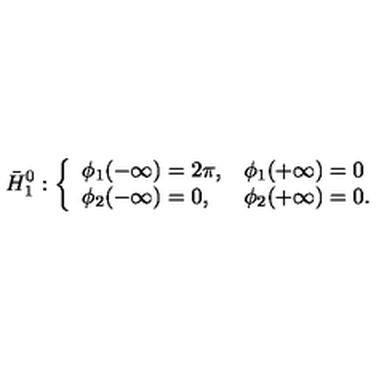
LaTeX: \bar { H } _ { 1 } ^ { 0 } : \left\{ \begin{array} { l l } { \phi _ { 1 } ( - \infty ) = 2 \pi , } & { \phi _ { 1 } ( + \infty ) = 0 } \\ { \phi _ { 2 } ( - \infty ) = 0 , } & { \phi _ { 2 } ( + \infty ) = 0 . } \\ \end{array} \right.